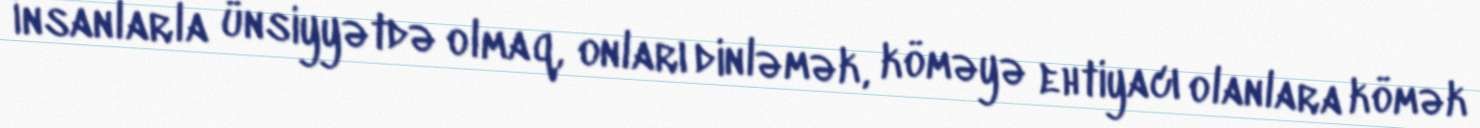
İnsanlarla ünsiyyətdə olmaq, onları dinləmək, köməyə ehtiyacı olanlara kömək